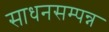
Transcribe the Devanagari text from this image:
साधनसम्पन्न